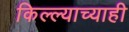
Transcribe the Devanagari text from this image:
किल्ल्याच्याही